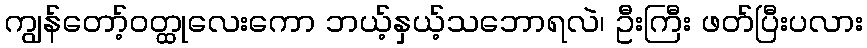
ကျွန်တော့်ဝတ္ထုလေးကော ဘယ့်နှယ့်သဘောရလဲ၊ ဦးကြီး ဖတ်ပြီးပလား